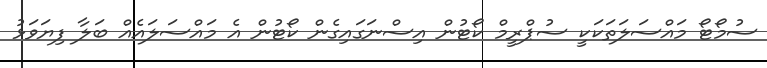
ސުމޯޓޯ މައްސަލަތަކަކީ ސުޕްރީމް ކޯޓުން އިސްނަގައިގެން ކޯޓުން އެ މައްސަލައެއް ބަލާ ފިޔަވަޅު